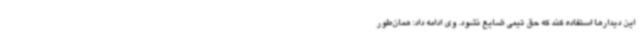
این دیدارها استفاده کند که حق تیمی ضایع نشود. وی ادامه داد: همان‌طور